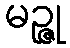
မဉ္ဇု